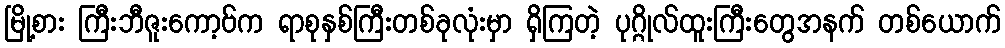
မြို့စား ကြီးဘီဇူးကော့ဗ်က ရာစုနှစ်ကြီးတစ်ခုလုံးမှာ ရှိကြတဲ့ ပုဂ္ဂိုလ်ထူးကြီးတွေအနက် တစ်ယောက်